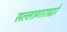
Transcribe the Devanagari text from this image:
सल्लागाराद्वारे